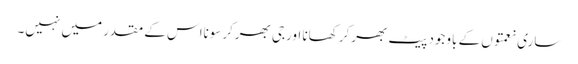
ساری نعمتوں کے باوجود پیٹ بھرکر کھانا اورجی بھرکرسونااس کے مقدر میں نہیں۔